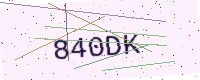
Text: 840DK